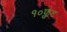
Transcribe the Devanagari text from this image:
१०फ़ुट